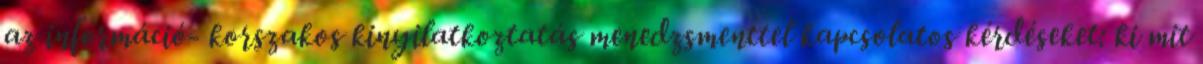
az információ- korszakos kinyilatkoztatás menedzsmenttel kapcsolatos kérdéseket: ki mit